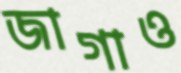
জাগাও